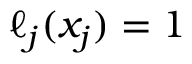
\ell _ { j } ( x _ { j } ) = 1